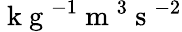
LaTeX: \mathrm{~k~g~}^{-1}\mathrm{~m~}^{3}\mathrm{~s~}^{-2}